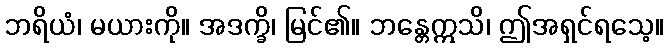
ဘရိယံ၊ မယားကို။ အဒက္ခိ၊ မြင်၏။ ဘန္တေဣသိ၊ ဤအရှင်ရသေ့။